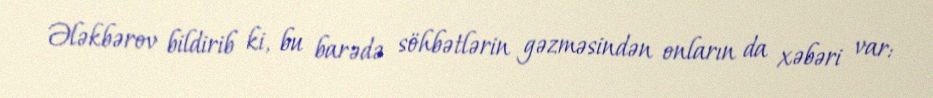
Ələkbərov bildirib ki, bu barədə söhbətlərin gəzməsindən onların da xəbəri var: